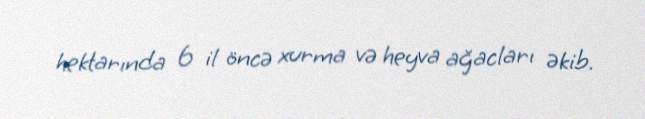
hektarında 6 il öncə xurma və heyva ağacları əkib.